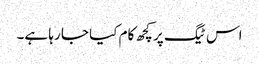
اس ٹیگ پر کچھ کام کیا جا رہا ہے۔